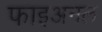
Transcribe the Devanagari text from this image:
फाइअनल